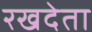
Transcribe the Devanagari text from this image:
रखदेता